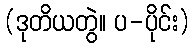
(ဒုတိယတွဲ။ ပ-ပိုင်း)